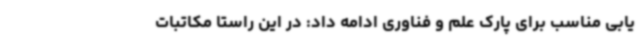
یابی مناسب برای پارک علم و فناوری ادامه داد: در این راستا مکاتبات